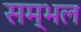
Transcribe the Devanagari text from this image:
सम्‍भल